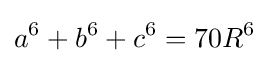
a^{6}+b^{6}+c^{6}=70R^{6}